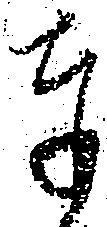
奉